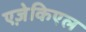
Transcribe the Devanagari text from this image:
एज़ेकिएल